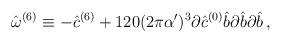
LaTeX: \begin{align*}\hat{\omega}^{(6)} \equiv -{\hat c}^{(6)}+120(2\pi\alpha^\prime)^3\partial {\hat c}^{(0)}{\hat b}\partial {\hat b}\partial {\hat b}\, ,\end{align*}